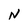
Character: N